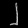
Digit: ၂